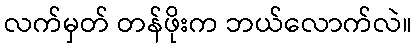
လက်မှတ် တန်ဖိုးက ဘယ်လောက်လဲ။